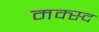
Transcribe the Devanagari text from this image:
मक्स्द